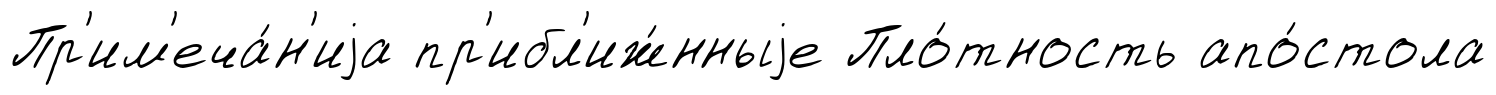
Пр'им'еча́н'иjа пр'ибл'иж́нныjе Пло́тность апо́стола